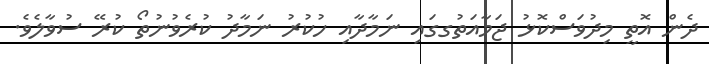
ދެން އޮތީ މިދުވަސްކޮޅު ޖަމާއަތުގގައި ނަމާދާއި ހުކުރު ނަމާދު ކުރެވުނުތޯ ކުރޭ ސުވާލެވެ.